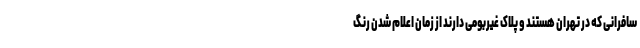
سافرانی که در تهران هستند و پلاک غیربومی دارند از زمان اعلام شدن رنگ